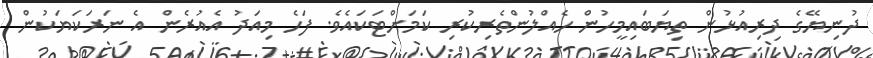
ދުނިޔޭގެ ދިރިއުޅުން ތިޔަބައިމީހުން ހެއްލުންތެރިކުރި ކަމަށްޓަކައެވެ. ފަހެ މިއަދު އެއުރެން އެ ނަރަކަޔަކުން